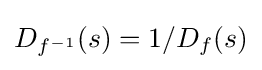
D_{f^{-1}}(s)=1/D_{f}(s)